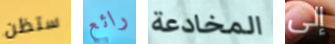
ستظن رائع المخادعة إلى